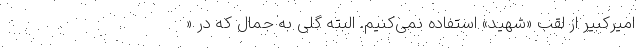
امیرکبیر از لقب «شهید» استفاده نمی‌کنیم. البته گلی به جمال که در «